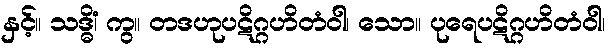
နှင့်။ သဒ္ဓိံ၊ ကွ။ တဒဟုပဋိဂ္ဂဟိတံဝါ၊ သော။ ပုရေပဋိဂ္ဂဟိတံဝါ၊